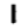
Digit: 1